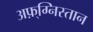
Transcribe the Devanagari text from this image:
अफ़्ग्निस्तान